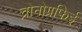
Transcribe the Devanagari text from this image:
च्रोनोग्रफिई